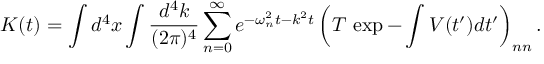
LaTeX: K ( t ) = \int d ^ { 4 } x \int { \frac { d ^ { 4 } k } { ( 2 \pi ) ^ { 4 } } } \sum _ { n = 0 } ^ { \infty } e ^ { - \omega _ { n } ^ { 2 } t - k ^ { 2 } t } \left( T \, \exp - \int V ( t ^ { \prime } ) d t ^ { \prime } \right) _ { n n } .